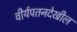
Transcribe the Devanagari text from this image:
वीर्यपतनदेखील